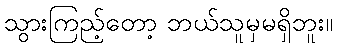
သွားကြည့်တော့ ဘယ်သူမှမရှိဘူး။